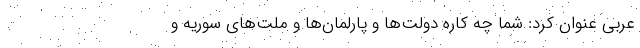
عربی عنوان کرد: شما چه کاره دولت‌ها و پارلمان‌ها و ملت‌های سوریه و